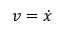
v = { \dot { x } }